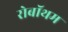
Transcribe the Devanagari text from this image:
रोबॉथम